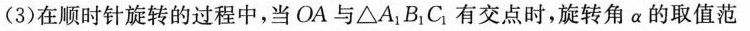
(3)在顺时针旋转的过程中，当OA与$$△ A_{1} B_{1} C_{1}$$有交点时，旋转角 $$\alpha$$ 的取值范